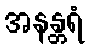
အနန္တရံ